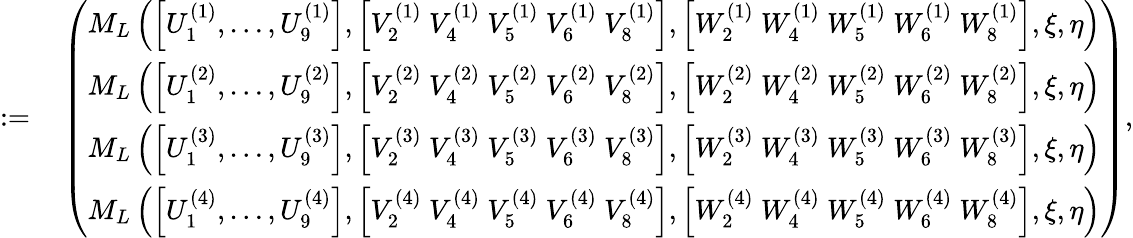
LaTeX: \begin{array}{rl}{:=}&{{}\left(\begin{array}{l}{M_{L}\left(\left[{U}_{1}^{(1)},\dots,{U}_{9}^{(1)}\right],\left[{V}_{2}^{(1)}~{V}_{4}^{(1)}~{V}_{5}^{(1)}~{V}_{6}^{(1)}~{V}_{8}^{(1)}\right],\left[{W}_{2}^{(1)}~{W}_{4}^{(1)}~{W}_{5}^{(1)}~{W}_{6}^{(1)}~{W}_{8}^{(1)}\right],\xi,\eta\right)}\\ {M_{L}\left(\left[{U}_{1}^{(2)},\dots,{U}_{9}^{(2)}\right],\left[{V}_{2}^{(2)}~{V}_{4}^{(2)}~{V}_{5}^{(2)}~{V}_{6}^{(2)}~{V}_{8}^{(2)}\right],\left[{W}_{2}^{(2)}~{W}_{4}^{(2)}~{W}_{5}^{(2)}~{W}_{6}^{(2)}~{W}_{8}^{(2)}\right],\xi,\eta\right)}\\ {M_{L}\left(\left[{U}_{1}^{(3)},\dots,{U}_{9}^{(3)}\right],\left[{V}_{2}^{(3)}~{V}_{4}^{(3)}~{V}_{5}^{(3)}~{V}_{6}^{(3)}~{V}_{8}^{(3)}\right],\left[{W}_{2}^{(3)}~{W}_{4}^{(3)}~{W}_{5}^{(3)}~{W}_{6}^{(3)}~{W}_{8}^{(3)}\right],\xi,\eta\right)}\\ {M_{L}\left(\left[{U}_{1}^{(4)},\dots,{U}_{9}^{(4)}\right],\left[{V}_{2}^{(4)}~{V}_{4}^{(4)}~{V}_{5}^{(4)}~{V}_{6}^{(4)}~{V}_{8}^{(4)}\right],\left[{W}_{2}^{(4)}~{W}_{4}^{(4)}~{W}_{5}^{(4)}~{W}_{6}^{(4)}~{W}_{8}^{(4)}\right],\xi,\eta\right)}\end{array}\right),}\end{array}